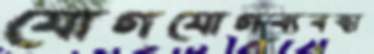
যোগযোগব্যবস্থা